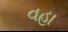
વહા